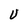
Character: V